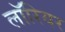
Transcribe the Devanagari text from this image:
लॉरियर